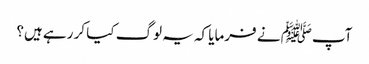
آپﷺ نے فرمایا کہ یہ لوگ کیا کر رہے ہیں؟